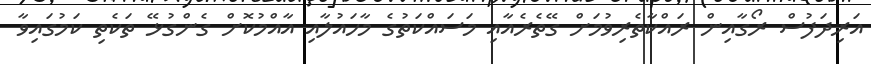
އަރިދަފުސް ރޯގާއިން ރައްކާތެރިވުމަށް ގޭތެރެއާއި މަސައްކަތުގެ މާހައުލާއި އާއްމުކޮށް ގެންގުޅޭ ތަކެތި ކަމުގައިވާ